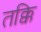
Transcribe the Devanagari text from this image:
तक्कि